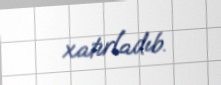
xatırladıb.